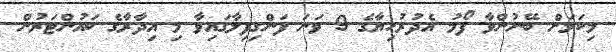
މިކަމަށް ބޭނުންވާ ފޯމު އެދުރުހިޔާގެ 9 ވަނަ ފަންގިފިލާގައިވާ މި އިދާރާގެ ކައުންޓަރުން